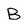
Character: B